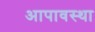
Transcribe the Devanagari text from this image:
आपावस्था